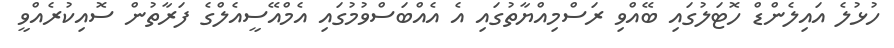
ހުޅުލެ އައިލެންޑް ހޮޓަލުގައި ބޭއްވި ރަސްމިއްޔާތުގައި އެ އެއްބަސްވުމުގައި އެމްއޭސީއެލްގެ ފަރާތުން ސޮއިކުރެއްވީ